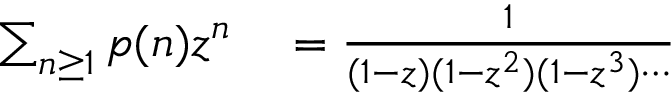
\begin{array} { r l } { \sum _ { n \geq 1 } p ( n ) z ^ { n } } & { { } = { \frac { 1 } { ( 1 - z ) ( 1 - z ^ { 2 } ) ( 1 - z ^ { 3 } ) \cdots } } } \end{array}